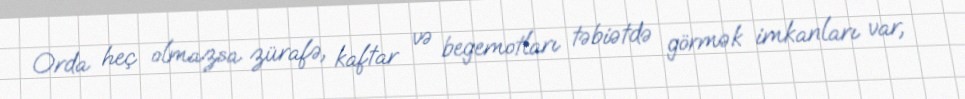
Orda heç olmazsa zürafə, kaftar və begemotları təbiətdə görmək imkanları var,